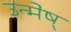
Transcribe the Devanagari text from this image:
उन्मेष्